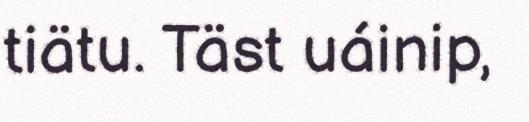
tiätu. Täst uáinip,